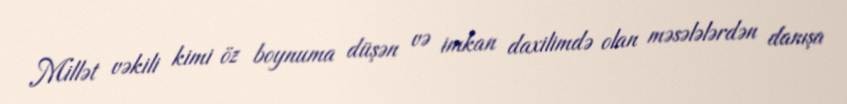
Millət vəkili kimi öz boynuma düşən və imkan daxilimdə olan məsələlərdən danışa